Medical and sanitary report on the native army of Bombay for the year
Year: 1877
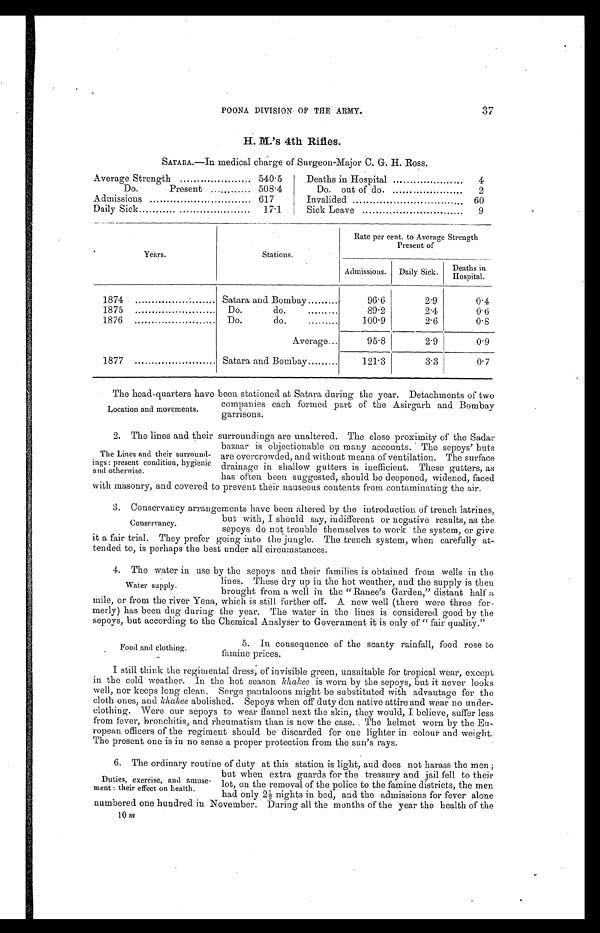
POONA DIVISION OF THE ARMY.
H. M.'s 4th Rifles.
SATARA.-In medical charge of Surgeon-Major C. G. H. Ross.
g
Average Averae Strength
5 4 0 . 5
Present
508.4
Admissions
617
Daily Sick
17.1
Deaths in Hospital
4
Do. out of do.
2
Invalided
60
Sick Leave
9
Rate per cent. to Average Strength
Present of
.
Years.
Stations.
Admissions.
Daily Sick.
in
Deaths i
Hospital.
1874
Satara and Bombay
96.6
2.9
0.4
1875
Do.
'
do.
.........
89.2
2.4
0.6
1876
Do.
do.
100.9
2.6
0.8
Average...
95.8
2.9
0.9
1877
Satara and Bombay
121.3
3.3
0.7
The head-quarters have been stationed at Satara during the year. Detachments of two
companies each formed part of the Asirgarh and Bombay
Location and movements.
garrisons.
2. The lines and their surroundings are unaltered. The close proximity of the Sadar
bazaar is objectionable on many accounts. The sepoys' huts
The Lines and their surround- are overcrowded, and without means of ventilation. The surface
ings : present condition, hygienic drainage in shallow gutters is inefficient. These gutters, as
and otherwise.
has often been suggested, should be deepened, widened, faced
with masonry, and covered to prevent their nauseous contents from contaminating the air.
3. Conservancy arrangements have been altered by the introduction of trench latrines,
but with, I should say, indifferent or negative results, as the
Conservancy.
sepoys do not trouble themselves to work the system, or give
it a fair trial. They prefer going into the jungle. The trench system, when carefully at-
tended to, is perhaps the best under all circumstances.
4. The water in use by the sepoys and their families is obtained from wells in the
lines. These dry up in the hot weather, and the supply is then
Water supply.
brought from a well in the "Ranee 's Garden, distant half a
mile, or from the river Yena, which is still further off. A new well (there were three for-
merly) has been dug during the year. The water in the lines is considered good by the
sepoys, but according to the Chemical Analyser to Government it is only of " fair quality."
5. In consequence of the scanty rainfall, food rose to
Food and clothing.
famine prices.
I still think the regimental dress, of invisible green, unsuitable for tropical wear, except
in the cold weather. In the hot season khakee is worn by the sepoys, but it never looks
well, nor keeps long clean. Serge pantaloons might be substituted with advantage for the
cloth ones, and khakee abolished. Sepoys when off duty don native attire and wear no under-
clothing. Were our sepoys to wear flannel next the skin, they would, I believe, suffer less
from fever, bronchitis,-and rheumatism than is now the case.. The helmet worn by the Eu-
ropean officers of the regiment should be discarded for one lighter in colour and weight.
The present one is in no sense a proper protection from the sun's rays.
6. The ordinary routine of duty at this station is light, and does not harass the men ;
but when extra guards for the treasury and jail fell to their
Duties, exercise, and amuse- lot, on the removal of the police to the famine districts, the men
meat : their effect on health.
had only 2 nights in bed, and the admissions for fever alone
numbered one hundred in November. During all the months of the year the health of the
10m